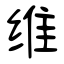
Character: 维